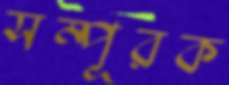
সম্পূরক